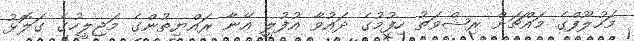
މަހުލޫފްގެ މައްޗަށް ރިޝްވަތު ހިފުމުގެ ދައުވާ އުފުލީ އޭނާ ރައްޔިތުންގެ މަޖިލީހުގެ ގަލޮޅު